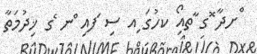
ްށދާ ޮގ ާތއިޯ ކހުގަ ިއ ސި ަފއި ްނ ެގ ޚިދުމަތާ